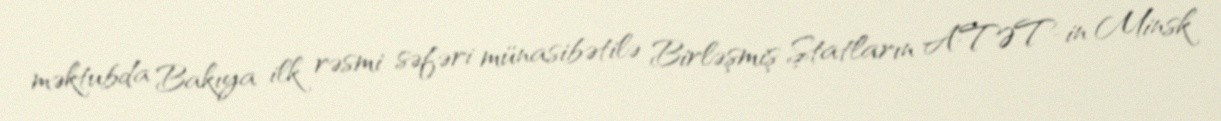
məktubda Bakıya ilk rəsmi səfəri münasibətilə Birləşmiş Ştatların ATƏT-in Minsk